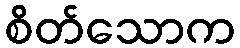
စိတ်သောက